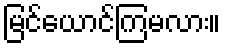
မြင်ယောင်ကြမလား။